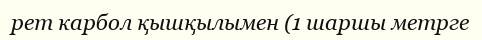
рет карбол қышқылымен (1 шаршы метрге